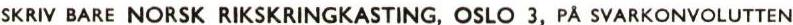
SKRIV BARE NORSK RIKSKRINGKASTING, OSLO 3, PÅ SVARKONVOLUTTEN